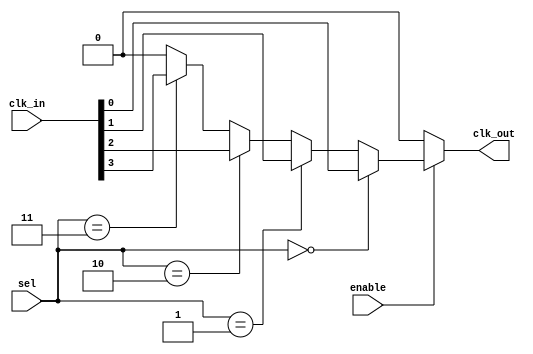
module ClockMultiplexerBuffer #(
    parameter NUM_CLOCKS = 4 // Parameter for number of input clocks
)(
    input wire [NUM_CLOCKS-1:0] clk_in,   // Input clock signals (C0, C1, ... Ck)
    input wire [$clog2(NUM_CLOCKS)-1:0] sel, // Selection signal to choose which clock to output
    input wire enable,                    // Enable signal for clock gating
    output wire clk_out                   // Output clock signal (Cout)
);

    // Intermediate wire to hold the selected clock
    wire selected_clk;

    // Clock selection logic using a multiplexer
    assign selected_clk = (sel == 0) ? clk_in[0] :
                          (sel == 1) ? clk_in[1] :
                          (sel == 2) ? clk_in[2] :
                          (sel == 3) ? clk_in[3] :
                          1'b0; // Default case (should not occur if sel is valid)

    // Output buffer stage with clock gating
    reg gated_clk;

    // Clock gating logic
    always @(*) begin
        if (enable) begin
            gated_clk = selected_clk; // Pass selected clock if enabled
        end else begin
            gated_clk = 1'b0; // Output low if disabled
        end
    end

    // Output the gated clock
    assign clk_out = gated_clk;

endmodule